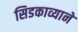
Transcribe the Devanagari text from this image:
सिडकाव्याने